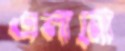
এলানো